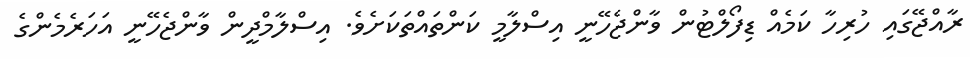
ރާއްޖޭގައި ހުރިހާ ކަމެއް ޑިފޯލްޓުން ވާންޖެހޭނީ އިސްލާމީ ކަންތައްތަކަށެވެ. އިސްލާމްދީން ވާންޖެހޭނީ އަހަރެމެންގެ